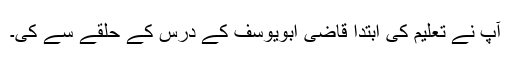
آپ نے تعلیم کی ابتدا قاضی ابویوسف کے درس کے حلقے سے کی۔